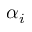
\alpha _ { i }